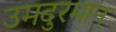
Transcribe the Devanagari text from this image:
उमदुरमान